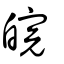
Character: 皖